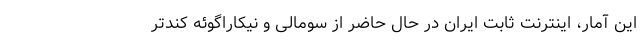
این آمار، اینترنت ثابت ایران در حال حاضر از سومالی و نیکاراگوئه کندتر